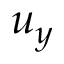
u _ { y }